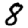
Digit: 8